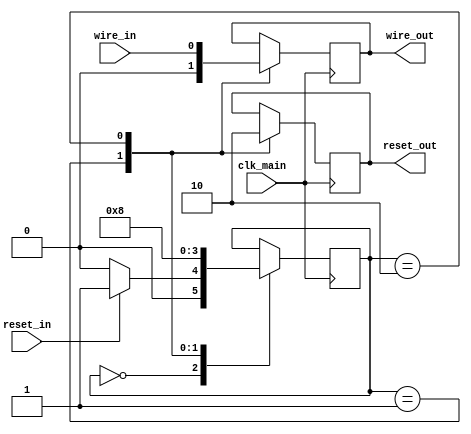
module synchronizer (
    input clk_main,
    input wire_in,
    input reset_in,
    output reg wire_out,
    output reg reset_out
);

reg [1:0] sync_state;

always @(posedge clk_main) begin
    case (sync_state)
        2'b00: begin
            if (reset_in)
                sync_state <= 2'b01;
            else
                sync_state <= 2'b00;
        end
        2'b01: begin
            wire_out <= 1'b0;
            reset_out <= 1'b1;
            sync_state <= 2'b10;
        end
        2'b10: begin
            wire_out <= wire_in;
            reset_out <= 1'b0;
            sync_state <= 2'b00;
        end
    endcase
end

endmodule